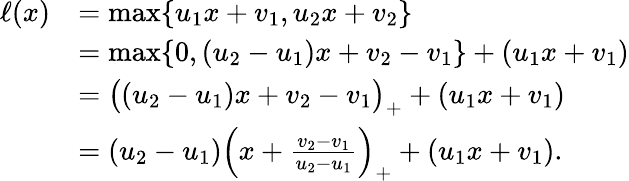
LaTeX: \begin{array}{rl}{\ell(x)}&{=\operatorname*{max}\{ u_{1}x+v_{1},u_{2}x+v_{2}\} }\\ &{=\operatorname*{max}\{ 0,(u_{2}-u_{1})x+v_{2}-v_{1}\} +(u_{1}x+v_{1})}\\ &{=\big((u_{2}-u_{1})x+v_{2}-v_{1}\big)_{+}+(u_{1}x+v_{1})}\\ &{=(u_{2}-u_{1})\left(x+\frac{v_{2}-v_{1}}{u_{2}-u_{1}}\right)_{+}+(u_{1}x+v_{1}).}\end{array}